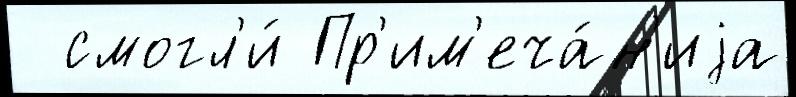
  смогл'и́ Пр'им'еча́н'иjа